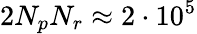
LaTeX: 2N_{p}N_{r}\approx 2\cdot 10^{5}